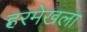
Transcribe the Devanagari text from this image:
हरमेखला